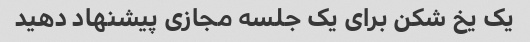
یک یخ شکن برای یک جلسه مجازی پیشنهاد دهید